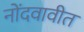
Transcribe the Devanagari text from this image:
नोंदवावीत